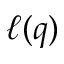
\ell ( q )